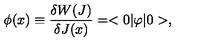
\phi ( x ) \equiv { \frac { \delta W ( J ) } { \delta J ( x ) } } = < 0 | \varphi | 0 > ,